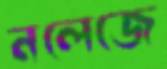
নলেজে